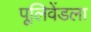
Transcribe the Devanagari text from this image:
पूलिवेंडला